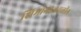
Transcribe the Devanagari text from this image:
शिमोगाजवळील